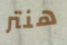
هنتر